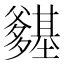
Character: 𭶽